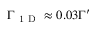
\Gamma _ { \mathrm { ~ 1 ~ D ~ } } \approx 0 . 0 3 \Gamma ^ { \prime }